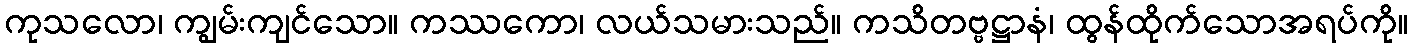
ကုသလော၊ ကျွမ်းကျင်သော။ ကဿကော၊ လယ်သမားသည်။ ကသိတဗ္ဗဋ္ဌာနံ၊ ထွန်ထိုက်သောအရပ်ကို။